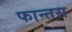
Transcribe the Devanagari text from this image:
फान्तस